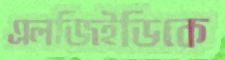
এলজিইডিকে